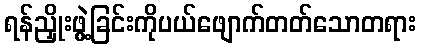
ရန်ညှိုးဖွဲ့ခြင်းကိုပယ်ဖျောက်တတ်သောတရား